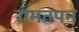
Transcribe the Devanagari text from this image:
रामतपन